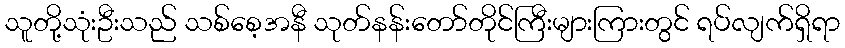
သူတို့သုံးဦးသည် သစ်စေ့အနီ သုတ်နန်းတော်တိုင်ကြီးများကြားတွင် ရပ်လျက်ရှိရာ